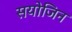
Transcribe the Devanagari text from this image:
सयोजिन